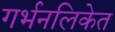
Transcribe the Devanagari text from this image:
गर्भनलिकेत